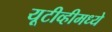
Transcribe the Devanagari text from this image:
यूटीव्हीमध्ये